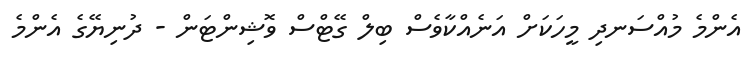
އެންމެ މުއްސަނދި މީހަކަށް އަނެއްކާވެސް ބިލް ގޭޓްސް ވޮޝިންޓަން - ދުނިޔޭގެ އެންމެ